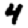
Digit: 4